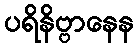
ပရိနိဗ္ဗာနေန